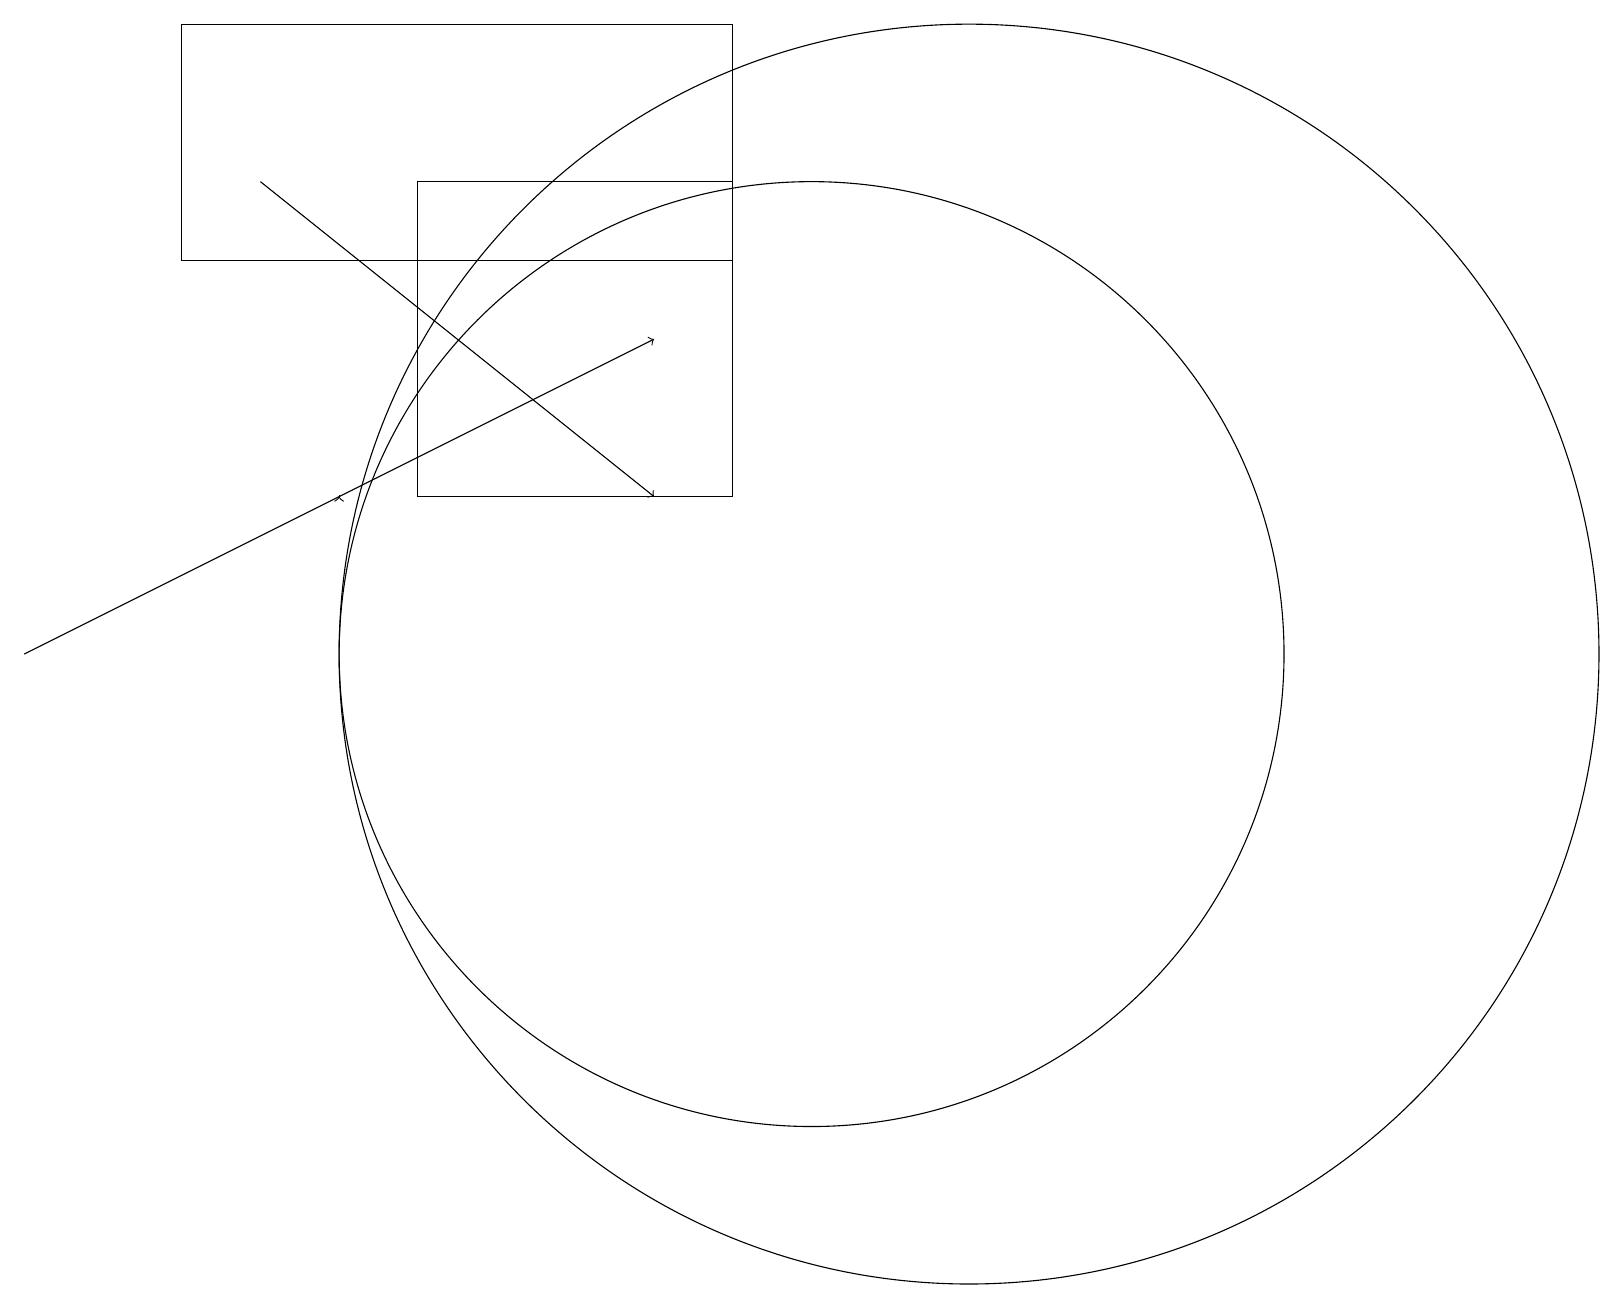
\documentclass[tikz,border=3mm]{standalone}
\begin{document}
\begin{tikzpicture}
\draw (9,17) rectangle (5,13);
\draw (12,11) circle (8);
\draw (10,11) circle (6);
\draw (9,16) rectangle (2,19);
\draw[->] (0,11) -- (8,15);
\draw[->] (3,17) -- (8,13);
\draw (11,11) circle (0);
\draw[->] (4,13) -- (4,13);
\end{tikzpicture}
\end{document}